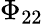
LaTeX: \Phi_{22}